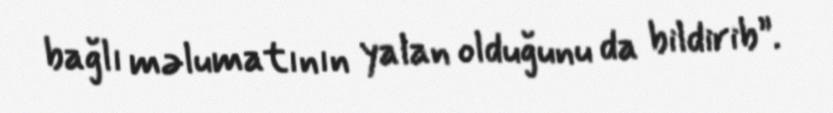
bağlı məlumatının yalan olduğunu da bildirib”.